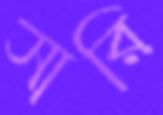
সারি